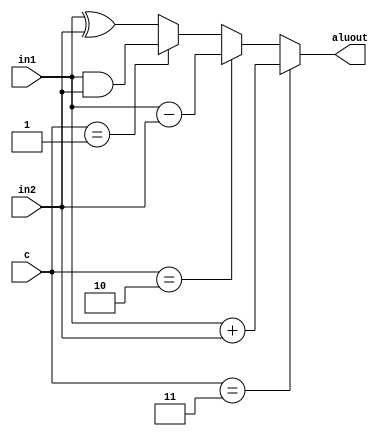
`timescale 1ns / 1ps
module ALU(in1, in2, c, aluout);
input [2:0] in1, in2; 
input [1:0] c; 
output reg [2:0] aluout; 
always @ (in1, in2, c)
begin
	if (c == 2'b11) //Add
		aluout = in1 + in2;
	else if(c == 2'b10) //Subtract
		aluout = in1 - in2;
	else if(c == 2'b01) //And
		aluout = in1 & in2;
	else //Xor
		aluout = in1 ^ in2;
end
endmodule